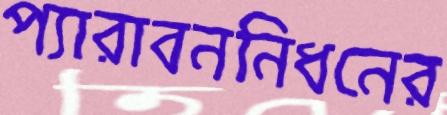
প্যারাবননিধনের